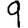
Digit: 9